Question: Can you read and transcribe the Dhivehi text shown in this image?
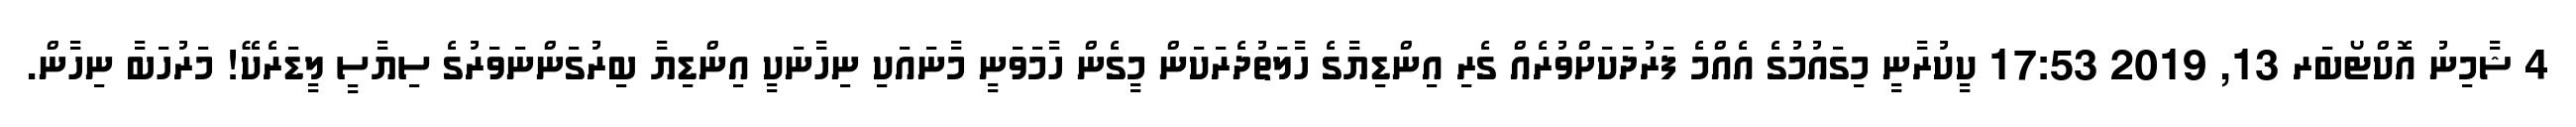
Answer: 4 ޝާމިނު އޮކްޓޯބަރ 13, 2019 17:53 ކީކުރާނީ މިގައުމުގެ އެއްމެ ފަރުދަކަށްވުރެއް ގެރި އިންޑިޔާގެ ހާލަތުދެރަކަން މީގެން ހާމަވަނީ މާނައަކި ނިހާނަކީ އިންޑިޔާ ބިރުގަންނަވަރުގެ ސިޔާސީ ލީޑަރެކޭ! މަރުހަބާ ނިހާން.